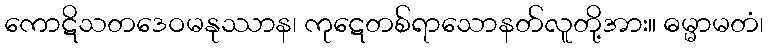
ကောဋိသတဒေဝမနုဿာန၊ ကုဋေတစ်ရာသောနတ်လူတို့အား။ ဓမ္မာမတံ၊